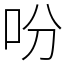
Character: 吩